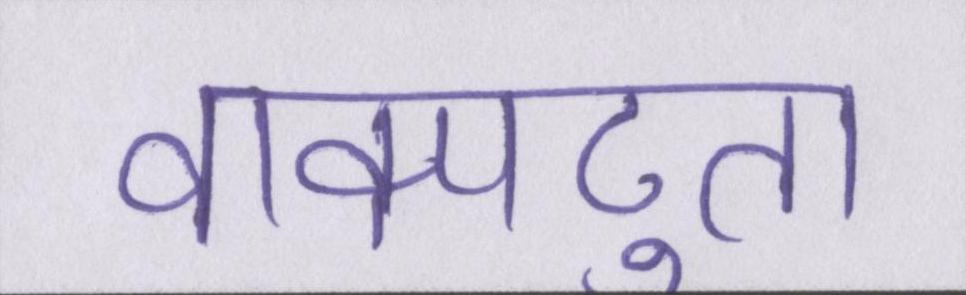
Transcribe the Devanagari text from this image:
वाक्पटुता